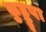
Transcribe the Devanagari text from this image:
कुड्डुपा